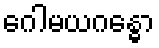
ဂေါမယဂန္ဓော